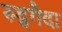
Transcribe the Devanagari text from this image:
रुद्र्गैदा